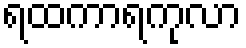
ရထကာရကုလာ